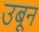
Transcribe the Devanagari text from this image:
उबून